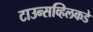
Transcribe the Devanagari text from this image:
टाउन्सव्हिलकडे